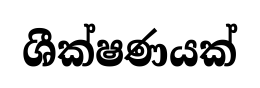
ශීක්ෂණයක්